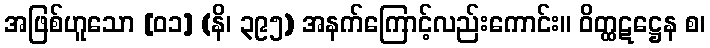
အဖြစ်ဟူသော [၀၁] (နိ၊ ၃၉၅) အနက်ကြောင့်လည်းကောင်း။ ဝိတ္ထဋဋ္ဌေန စ၊